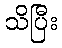
သိပြီး